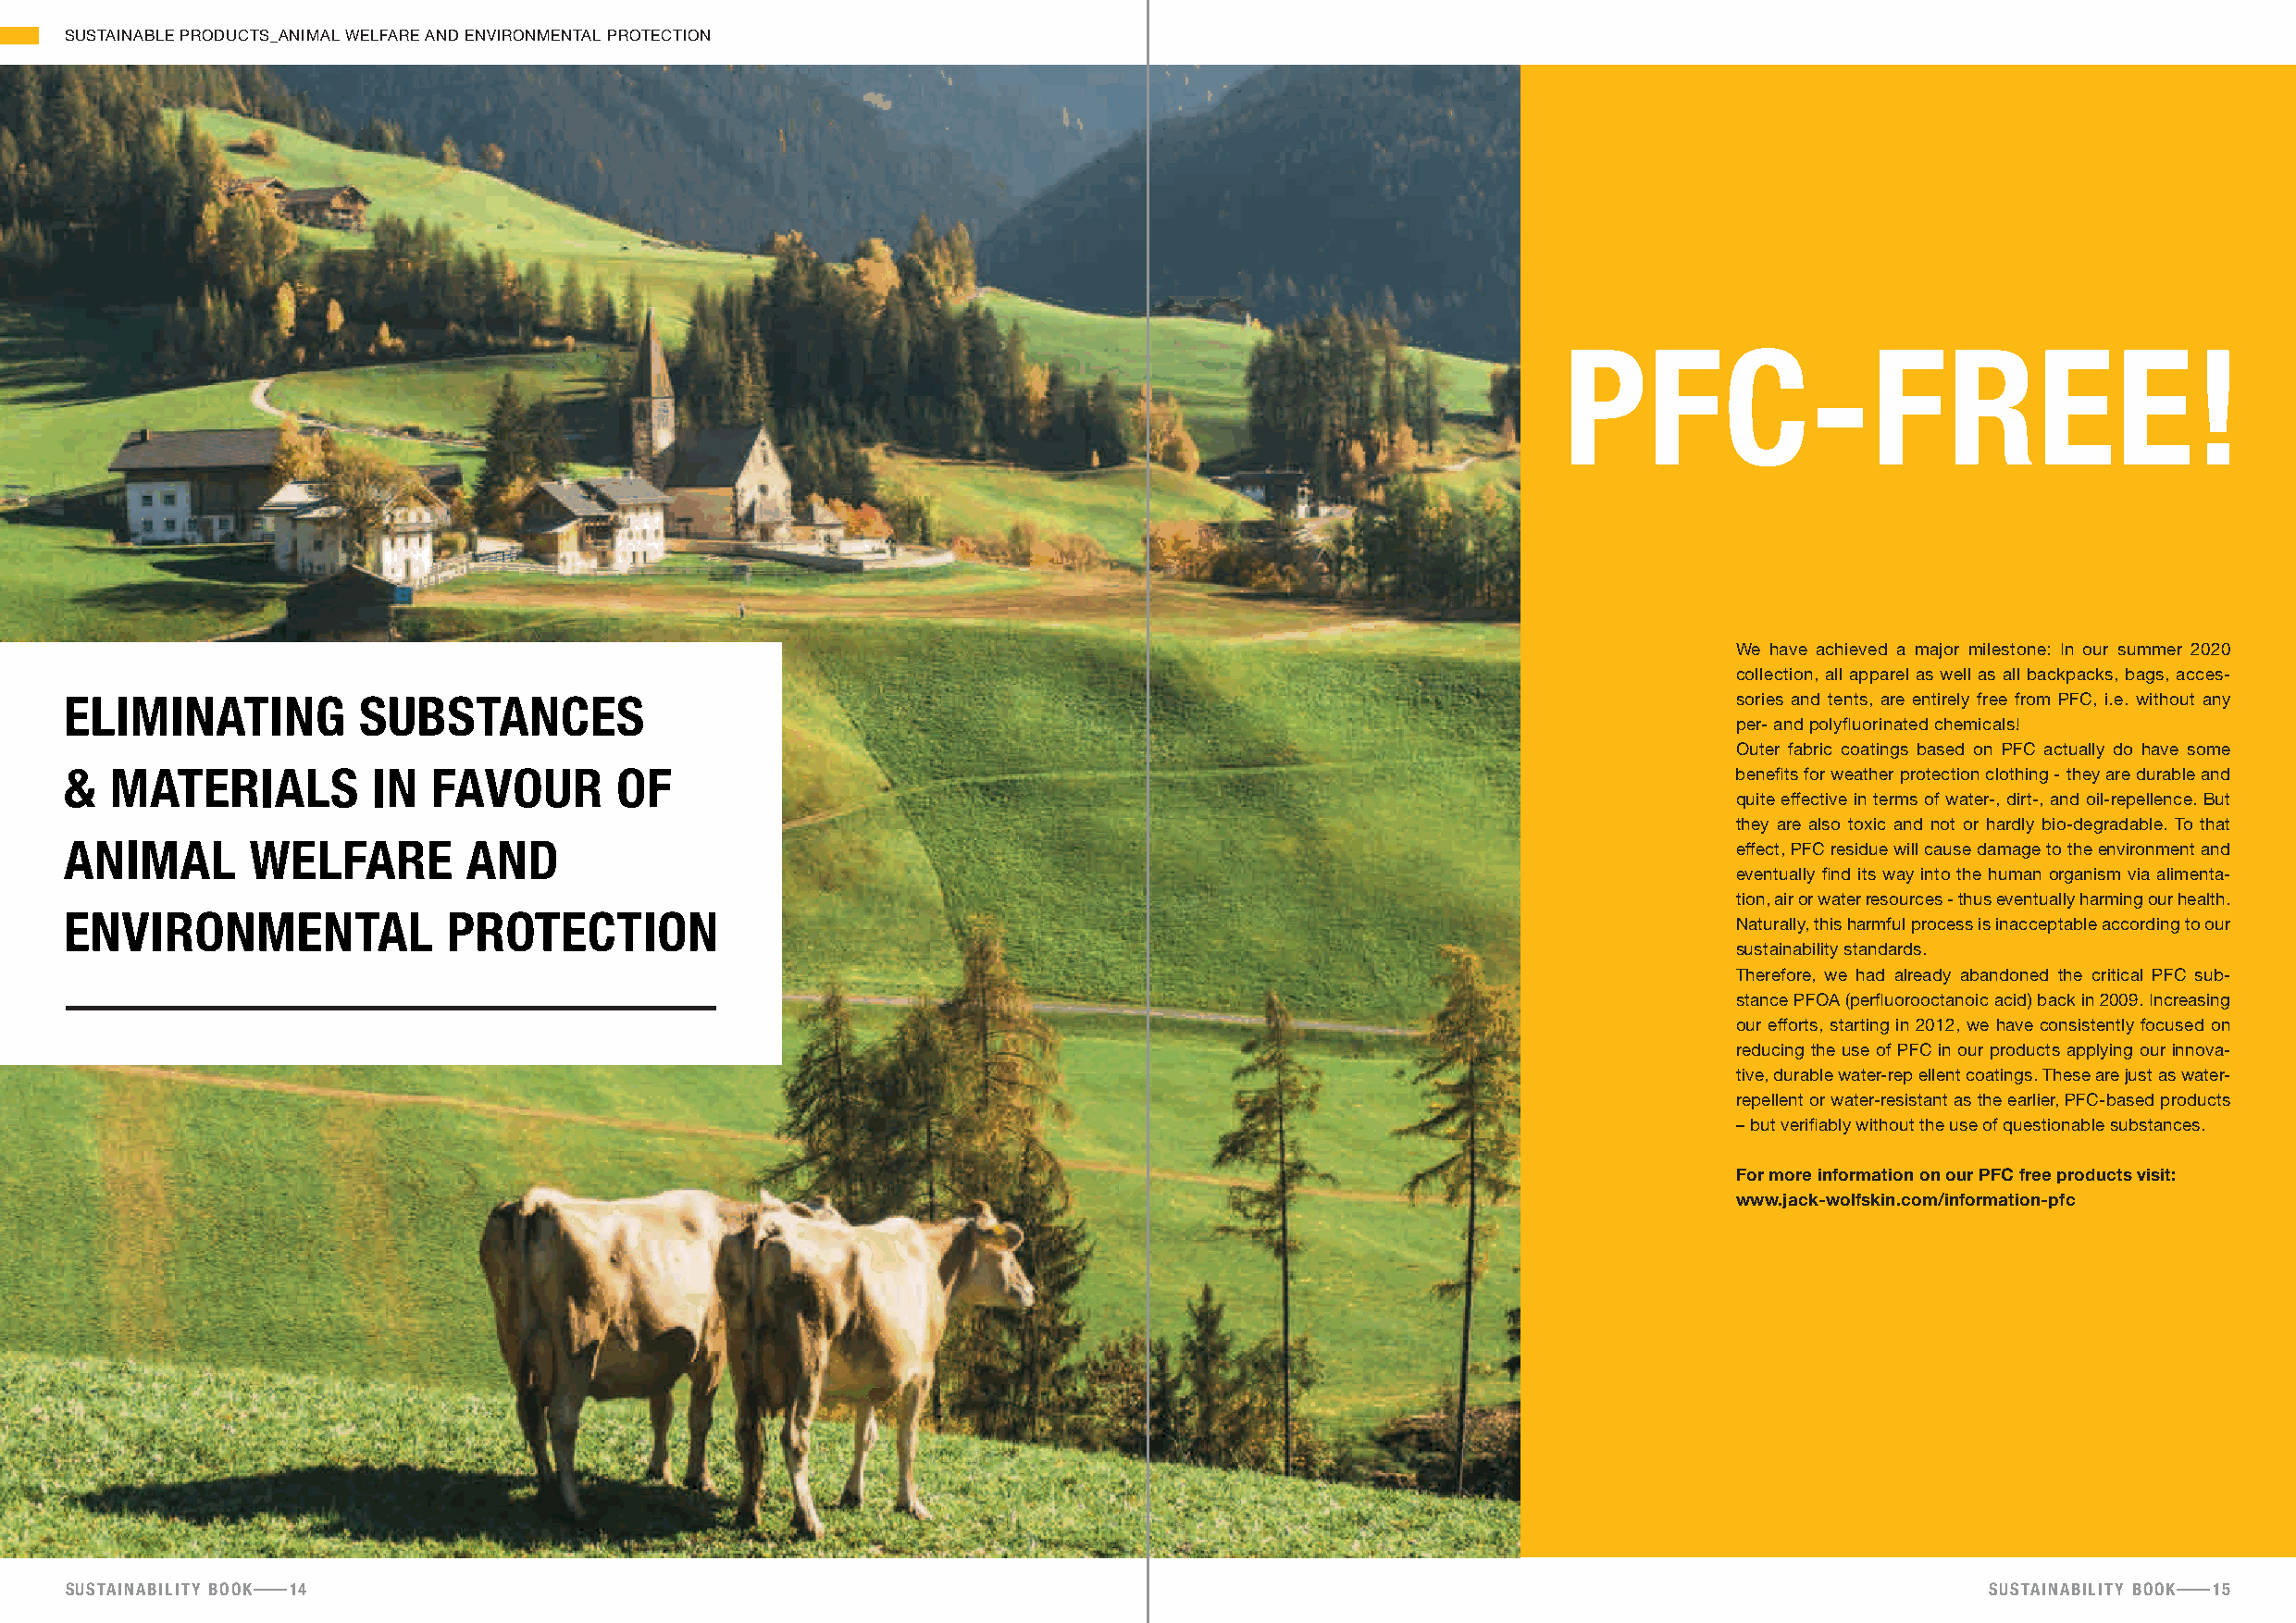
SUSTAINABLE PRODUCTS_ANIMAL WELFARE AND ENVIRONMENTAL PROTECTION
 Pfc-free!
 We have achieved a major milestone: In our summer 2020
 collection, all apparel as well as all backpacks, bags, acces-
 ElImINatING         substaNcEs                                                                                         sories and tents, are entirely free from PFC, i.e. without any
 per- and polyfluorinated chemicals!
 Outer fabric coatings based on PFC actually do have some
 &  matERIals          IN  favOuR       Of                                                                              benefits for weather protection clothing - they are durable and
 quite effective in terms of water-, dirt-, and oil-repellence. But
 they are also toxic and not or hardly bio-degradable. To that
 aNImal       WElfaRE        aND                                                                                        effect, PFC residue will cause damage to the environment and
 eventually find its way into the human organism via alimenta-
 tion, air or water resources - thus eventually harming our health.
 ENvIRONmENtal              pROtEctION
 Naturally, this harmful process is inacceptable according to our
 sustainability standards.
 Therefore, we had already abandoned the critical PFC sub-
 stance PFOA (perfluorooctanoic acid) back in 2009. Increasing
 our efforts, starting in 2012, we have consistently focused on
 reducing the use of PFC in our products applying our innova-
 tive, durable water-rep ellent coatings. These are just as water-
 repellent or water-resistant as the earlier, PFC-based products
 – but verifiably without the use of questionable substances.
 for more information on our pfc free products visit:
 www.jack-wolfskin.com/information-pfc
 sustainability booK 14                                                                                                                   sustainability booK 15